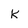
Character: k